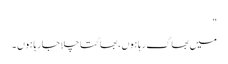
"
میں بھاگ رہا ہوں ، بھاگتا چلا جارہا ہوں ۔